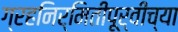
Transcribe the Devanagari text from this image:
ग्रहनिर्मितीपूर्वीच्या